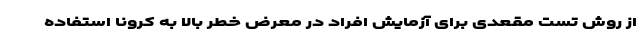
از روش تست مقعدی برای آزمایش افراد در معرض خطر بالا به کرونا استفاده